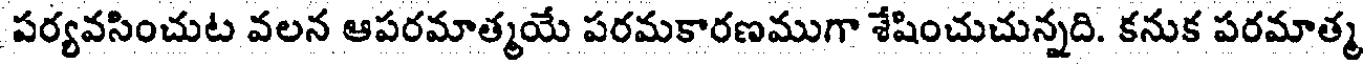
పర్యవసించుట వలన ఆపరమాత్మయే పరమకారణముగా శేషించుచున్నది. కనుక పరమాత్మ